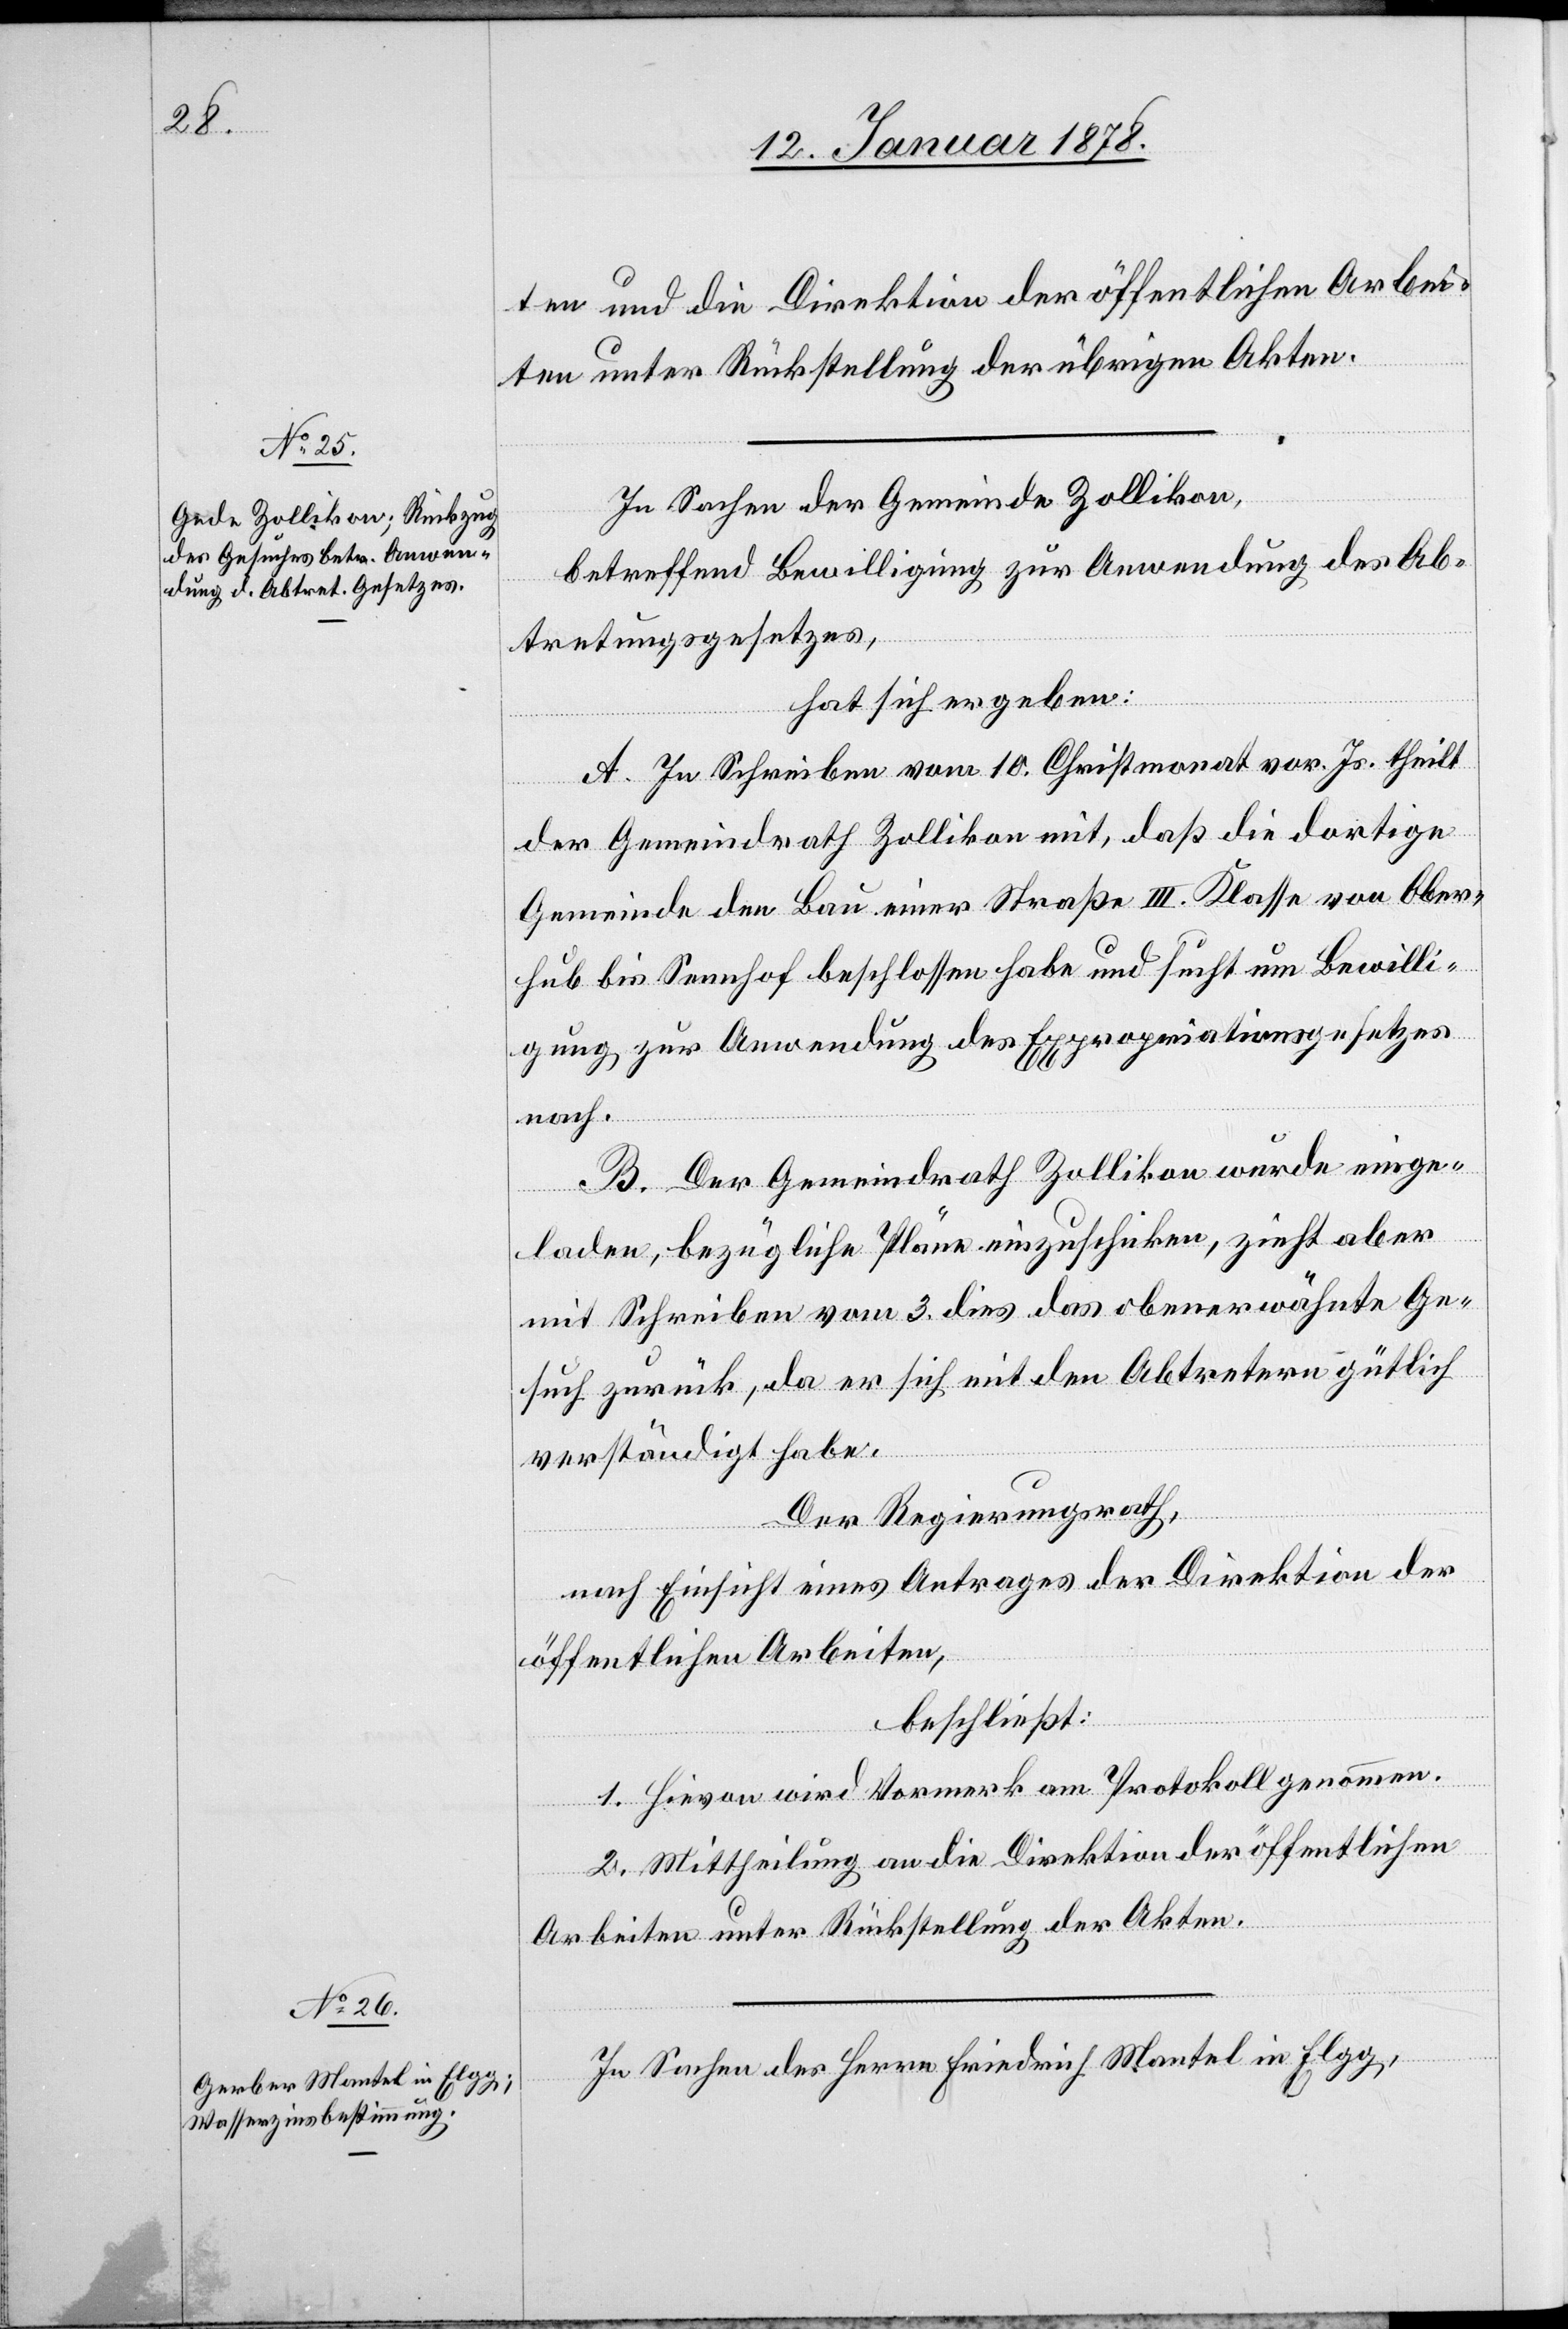
ten und die Direktion der öffentlichen Arbei¬
ten unter Rückstellung der übrigen Akten.
In Sachen der Gemeinde Zollikon,
betreffend Bewilligung zur Anwendung des Ab¬
tretungsgesetzes,
hat sich ergeben:
A. In Schreiben vom 10. Christmonat vor. Js. theilt
der Gemeindrath Zollikon mit, daß die dortige
Gemeinde den Bau einer Straße III. Klasse von Ober¬
hub bis Sennhof beschlossen habe und sucht um Bewilli¬
gung zur Anwendung des Expropriationsgesetzes
nach.
B. Der Gemeindrath Zollikon wurde einge¬
laden, bezügliche Pläne einzuschicken, zieht aber
mit Schreiben vom 3. dies das obenerwähnte Ge¬
such zurück, da er sich mit den Abtretern gütlich
verständigt habe.
Der Regierungsrath,
nach Einsicht eines Antrages der Direktion der
öffentlichen Arbeiten,
beschließt:
1. Hievon wird Vormerk am Protokoll genommen.
2. Mittheilung an die Direktion der öffentlichen
Arbeiten unter Rückstellung der Akten.
In Sachen des Herrn Friedrich Mantel in Elgg,